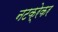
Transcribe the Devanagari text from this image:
नटक्रेकर